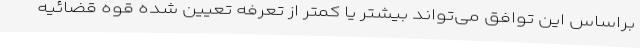
براساس این توافق می‌تواند بیشتر یا کمتر از تعرفه تعیین شده قوه قضائیه